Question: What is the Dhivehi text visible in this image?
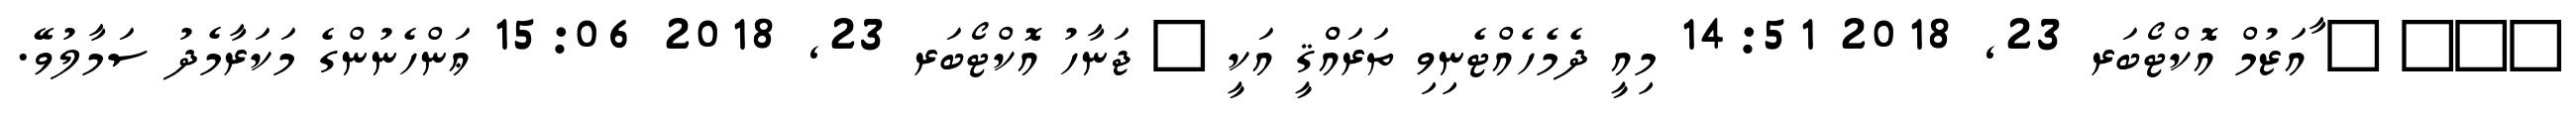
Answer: ??? ? ާއަޒުމް އޮކްޓޯބަރ 23, 2018 14:51 މިއީ ދެމެހެއްޓެނިވި ތަރައްްޤީ އަކީ ? ޖަނާހު އޮކްޓޯބަރ 23, 2018 15:06 ޢަންހެނުންގެ މަކަރާމެދު ސަމާލުވޭ.